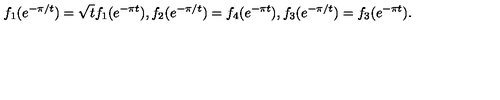
f _ { 1 } ( e ^ { - \pi / t } ) = \sqrt { t } f _ { 1 } ( e ^ { - \pi t } ) , f _ { 2 } ( e ^ { - \pi / t } ) = f _ { 4 } ( e ^ { - \pi t } ) , f _ { 3 } ( e ^ { - \pi / t } ) = f _ { 3 } ( e ^ { - \pi t } ) .